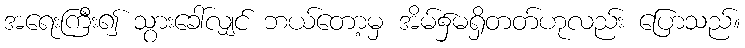
အရေးကြီး၍ သွားခေါ်လျှင် ဘယ်တော့မှ အိမ်၌မရှိတတ်ဟုလည်း ပြောသည်။